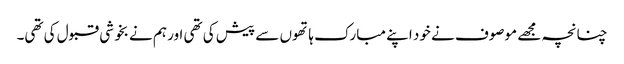
چنانچہ مجھے موصوف نے خود اپنے مبارک ہاتھوں سے پیش کی تھی اور ہم نے بخوشی قبول کی تھی۔